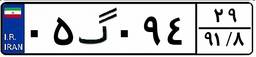
۹۵گ۶۴۱۹۲